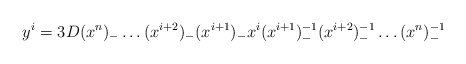
\begin{align*}y^{i} =3D (x^{n})_{-} \ldots (x^{i+2})_{-} (x^{i+1})_{-} x^{i} (x^{i+1})_{-}^{-1} (x^{i+2})_{-}^{-1} \ldots (x^{n})_{-}^{-1}\end{align*}